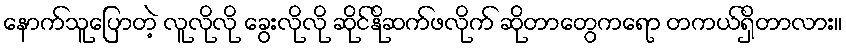
နောက်သူပြောတဲ့ လူလိုလို ခွေးလိုလို ဆိုင်နိုဆက်ဖလိုက် ဆိုတာတွေကရော တကယ်ရှိတာလား။